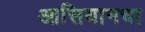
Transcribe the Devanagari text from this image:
आसियानचा